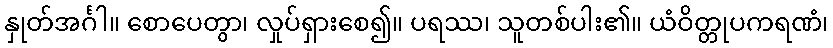
နှုတ်အင်္ဂါ။ စောပေတွာ၊ လှုပ်ရှားစေ၍။ ပရဿ၊ သူတစ်ပါး၏။ ယံဝိတ္တုပကရဏံ၊